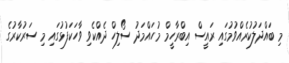
މި ބައްދަލުކުރެއްވުމުގައި ރައީސް އިބްރާހީމް މުހައްމަދު ސޯލިހް ދެއްކެވި ވާހަކަފުޅުގައި މި ސަރުކާރުގެ